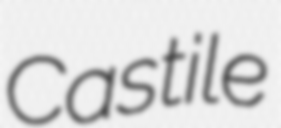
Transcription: Castile